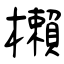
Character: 櫴